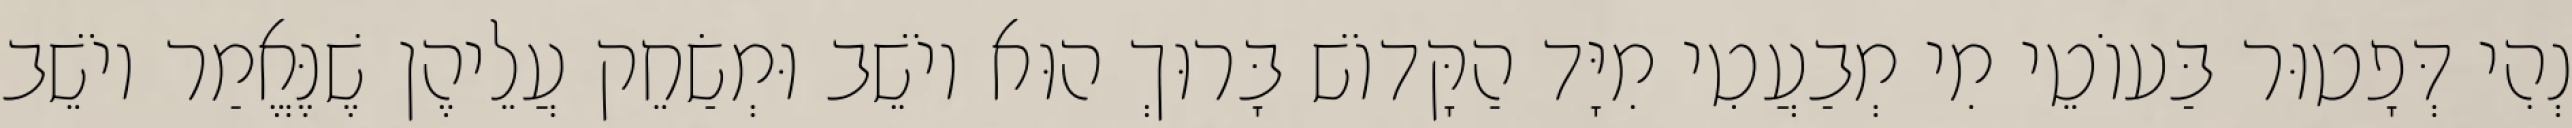
נְהִי דְּפָטוּר בַּעוֹטֵי מִי מְבַעֲטִי מִיָּד הַקָּדוֹשׁ בָּרוּךְ הוּא יוֹשֵׁב וּמְשַׂחֵק עֲלֵיהֶן שֶׁנֶּאֱמַר יוֹשֵׁב